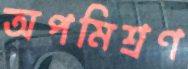
অপমিশ্রণ